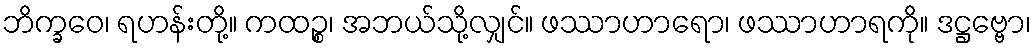
ဘိက္ခဝေ၊ ရဟန်းတို့။ ကထဉ္စ၊ အဘယ်သို့လျှင်။ ဖဿာဟာရော၊ ဖဿာဟာရကို။ ဒဋ္ဌဗ္ဗော၊